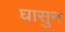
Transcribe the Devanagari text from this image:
घासुन